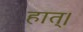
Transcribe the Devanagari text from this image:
हात्।